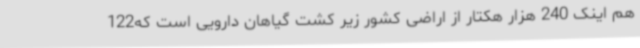
هم اینک 240 هزار هکتار از اراضی کشور زیر کشت گیاهان دارویی است که122